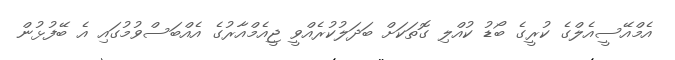
އެމްއޭސީއެލްގެ ކުރީގެ ބޯޑު ކުއްލި ގޮތަކަށް ބަދަލުކުރެއްވީ ޖީއެމްއާރުގެ އެއްބަސްވުމުގައި އެ ބޭފުޅުން